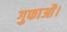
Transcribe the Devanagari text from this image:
गुफाओं।